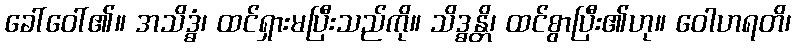
ခေါ်ဝေါ်၏။ အသိဒ္ဓံ၊ ထင်ရှားမပြီးသည်ကို။ သိဒ္ဓန္တိ၊ ထင်စွာပြီး၏ဟု။ ဝေါဟရတိ၊